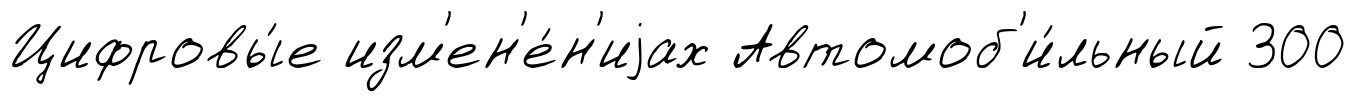
Цифровы́е изм'ен'е́н'иjах Автомоб'и́льный 300